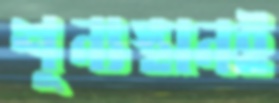
শূন্যস্থানই